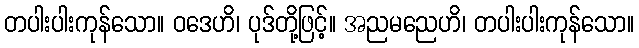
တပါးပါးကုန်သော။ ဝဒေဟိ၊ ပုဒ်တို့ဖြင့်။ အညမညေဟိ၊ တပါးပါးကုန်သော။